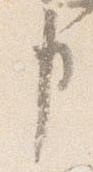
事